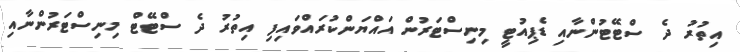
އިތުރު ދެ ސްޓޭޓުންނާއި ޑެޕިއުޓީ މިނިސްޓަރުން އައްޔަންކުރައްވައިފި އިތުރު ދެ ސްޓޭޓް މިނިސްޓަރުންނާއި